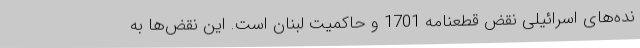
نده‌های اسرائیلی نقض قطعنامه 1701 و حاکمیت لبنان است. این نقض‌ها به